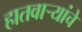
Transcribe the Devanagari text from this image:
हातवार्‍यांचे